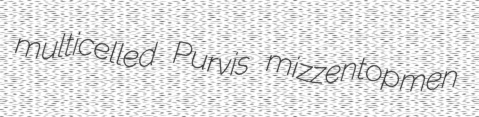
multicelled Purvis mizzentopmen